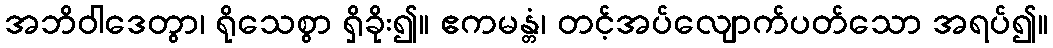
အဘိဝါဒေတွာ၊ ရိုသေစွာ ရှိခိုး၍။ ဧကမန္တံ၊ တင့်အပ်လျောက်ပတ်သော အရပ်၍။